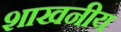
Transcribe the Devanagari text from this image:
शाखनीय